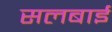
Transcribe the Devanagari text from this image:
सलबाई